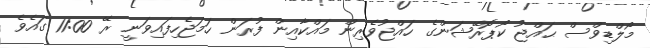
މޯލްޑިވްސް ޙައްޖު ކޯޕޮރޭޝަންގެ ހައްޖުވެރިން މައްކާއިން ފުރަން ހަމަޖެހިފައިވަނީ ރޭ 11:00 ގައެވެ